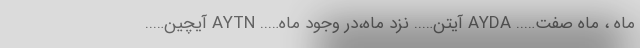
ماه ، ماه صفت….. AYDA آیتن….. نزد ماه،در وجود ماه….. AYTN آیچین…..